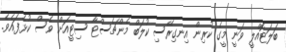
ބަލަޓޮއްލީ ވަނީ މީގެ ކުރިން އިނގިރޭސި ކުލަބް މެންޗެސްޓާ ސިޓީއަށް ވެސް ކުޅެފައެވެ.